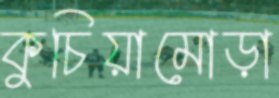
কুচিয়ামোড়া